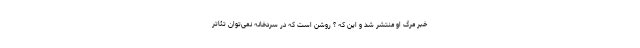
خبر مرگ او منتشر شد و این که ؟ روشن است که در سردخانه نمی‌توان تئاتر